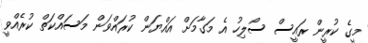
މީގެ ކުރީން ރައީސް ސޯލިހު އެ މަގާމަށް އައްޔަން ކުރައްވަން މަސައްކަތް ކުރެއްވީ